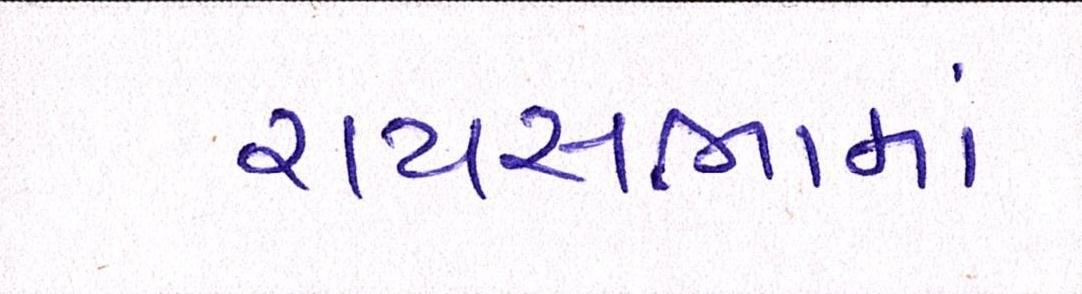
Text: રાયસભામાં